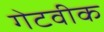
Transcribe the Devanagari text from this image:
गेटवीक